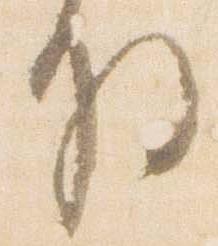
将